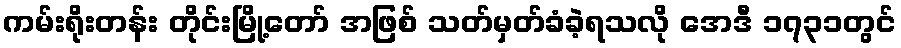
ကမ်းရိုးတန်း တိုင်းမြို့တော် အဖြစ် သတ်မှတ်ခံခဲ့ရသလို အေဒီ ၁၇၃၁တွင်